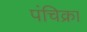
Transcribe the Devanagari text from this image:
पंचिक्रा